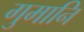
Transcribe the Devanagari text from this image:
गुमानि